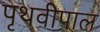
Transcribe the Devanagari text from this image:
पृथवीपाल